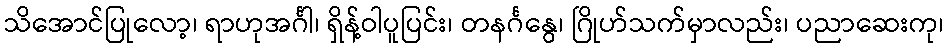
သိအောင်ပြုလော့၊ ရာဟုအင်္ဂါ၊ ရှိန့်ဝါပူပြင်း၊ တနင်္ဂနွေ၊ ဂြိုဟ်သက်မှာလည်း၊ ပညာဆေးကု၊